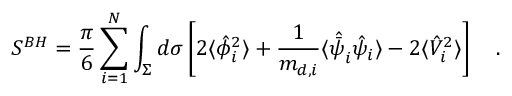
S ^ { B H } = { \frac { \pi } { 6 } } \sum _ { i = 1 } ^ { N } \int _ { \Sigma } d \sigma \left[ 2 \langle \hat { \phi } _ { i } ^ { 2 } \rangle + { \frac { 1 } { m _ { d , i } } } \langle \hat { \bar { \psi } } _ { i } \hat { \psi } _ { i } \rangle - 2 \langle \hat { V } _ { i } ^ { 2 } \rangle \right] ~ ~ ~ .